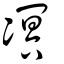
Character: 凕